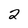
Character: 2